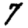
Digit: 7